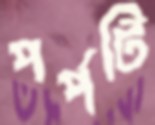
পর্পটি